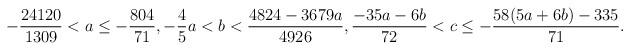
LaTeX: \begin{align*} -\frac{24120}{1309}<a\leq -\frac{804}{71}, -\frac{4}{5}a<b<\frac{4824-3679a}{4926}, \frac{-35a-6b}{72}<c\leq -\frac{58(5a+6b)-335}{71}.\end{align*}